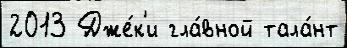
2013 Дже́к'и гла́вной тала́нт